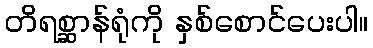
တိရစ္ဆာန်ရုံကို နှစ်စောင်ပေးပါ။